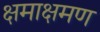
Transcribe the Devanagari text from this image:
क्षमाक्षमण